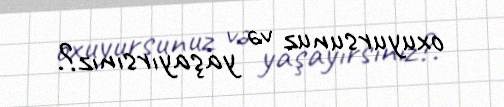
oxuyursunuz və yaşayırsınız?.